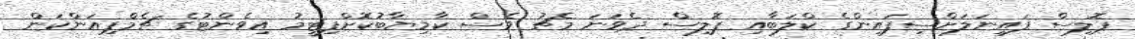
ޕޮލިސް ފައިނަލަށްސިފައިންގެ ކްލަބާއި ޕޮލިސް ދެވަނަ މެޗު ވެސް ކާމިޔާބުކޮށްފިޓީމު އިވެންޓުގެ ޗެމްޕިއަންކަން